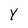
Character: Y